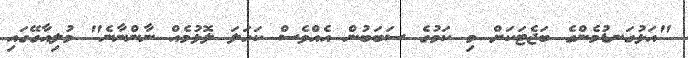
"އަޅުގަނޑުމެންގެ ބަޖެޓަކަށް މި ކަމުގެ ސަބަބުން އެއްވެސް ކަހަލަ ލޮޅުމެއް ނާންނާނެ" މުލިއާގޭގައި